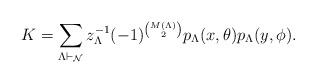
LaTeX: \begin{align*}K &= \sum_{\Lambda \vdash _{\mathcal{N}}} z_\Lambda^{-1} (-1)^{\binom{M(\Lambda)}{2}}p_{\Lambda}(x,\theta) p_{\Lambda}(y,\phi).\end{align*}